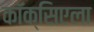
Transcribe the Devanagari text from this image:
कॉक्सिएला